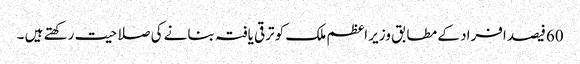
60فیصد افراد کے مطابق وزیر اعظم ملک کو ترقی یافتہ بنانے کی صلاحیت رکھتے ہیں ۔